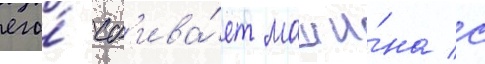
его́ сб'ива́ет маши́на с